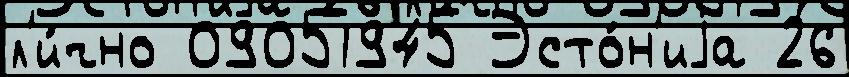
л'и́чно 09051945 Эсто́н'иjа 26